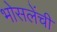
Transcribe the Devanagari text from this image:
भोसलेंची